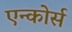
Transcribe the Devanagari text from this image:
एन्कोर्स